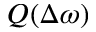
Q ( \Delta \omega )